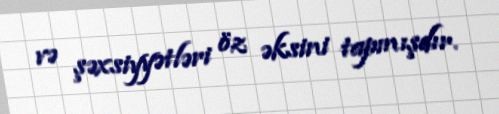
və şəxsiyyətləri öz əksini tapmışdır.